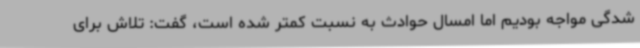
شدگی مواجه بودیم اما امسال حوادث به نسبت کمتر شده است، گفت: تلاش برای